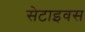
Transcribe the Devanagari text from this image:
सेटाइवस